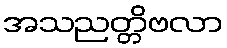
အသညတ္တိဗလာ